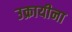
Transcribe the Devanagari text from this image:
उक्रायीना